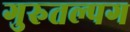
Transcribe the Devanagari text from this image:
गुरुतल्पग